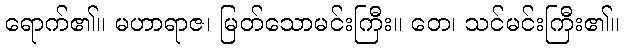
ရောက်၏။ မဟာရာဇ၊ မြတ်သောမင်းကြီး။ တေ၊ သင်မင်းကြီး၏။